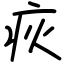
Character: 疢